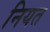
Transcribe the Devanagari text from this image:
नियत